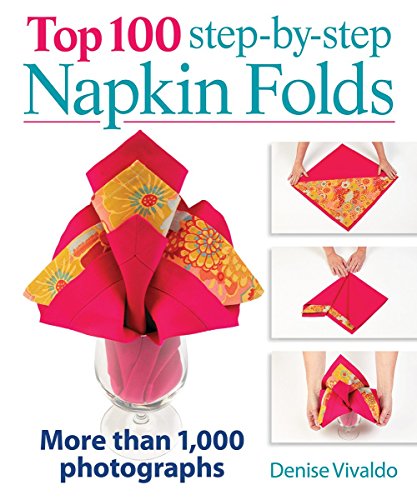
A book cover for Top 100 Step-by-Step Napkin Folds: More Than 1,000 Photographs; Denise Vivaldo; Cookbooks, Food & Wine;